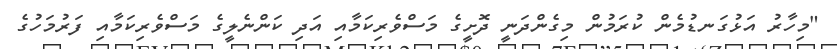
"މިހާރު އަޅުގަނޑުމެން ކުރަމުން މިގެންދަނީ ދޮށީގެ މަސްވެރިކަމާއި އަދި ކަންނެލީގެ މަސްވެރިކަމާއި ފަރުމަހުގެ